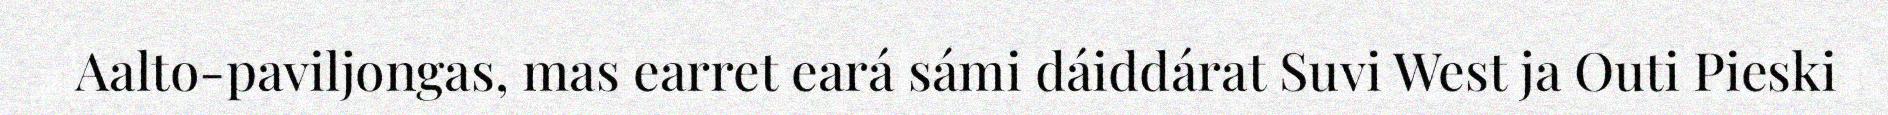
Aalto-paviljongas, mas earret eará sámi dáiddárat Suvi West ja Outi Pieski